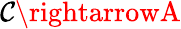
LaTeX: \mathcal{C}\rightarrowA